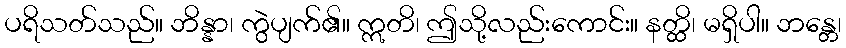
ပရိသတ်သည်။ ဘိန္နာ၊ ကွဲပျက်၏။ ဣတိ၊ ဤသို့လည်းကောင်း။ နတ္ထိ၊ မရှိပါ။ ဘန္တေ၊